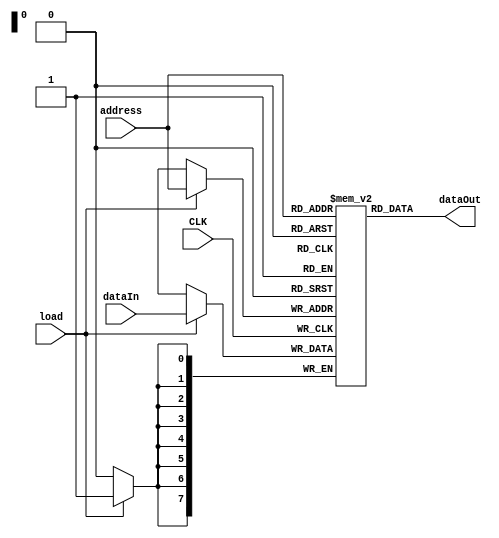
`timescale 1ns / 1ps
module RamSinglePort #(
    parameter DATA_WIDTH = 8,
    parameter ADDR_WIDTH = 8
)(
    input CLK,
    input [ADDR_WIDTH-1:0] address,
    input [DATA_WIDTH-1:0] dataIn,
    input load,
    output [DATA_WIDTH-1:0] dataOut
);
    reg [DATA_WIDTH-1:0] ram [2**ADDR_WIDTH-1:0];

    always @(posedge CLK) begin
        if (load) begin
            ram[address] <= dataIn;
        end
    end
    
    assign dataOut = ram[address];
    
endmodule